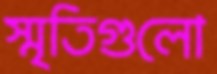
স্মৃতিগুলো